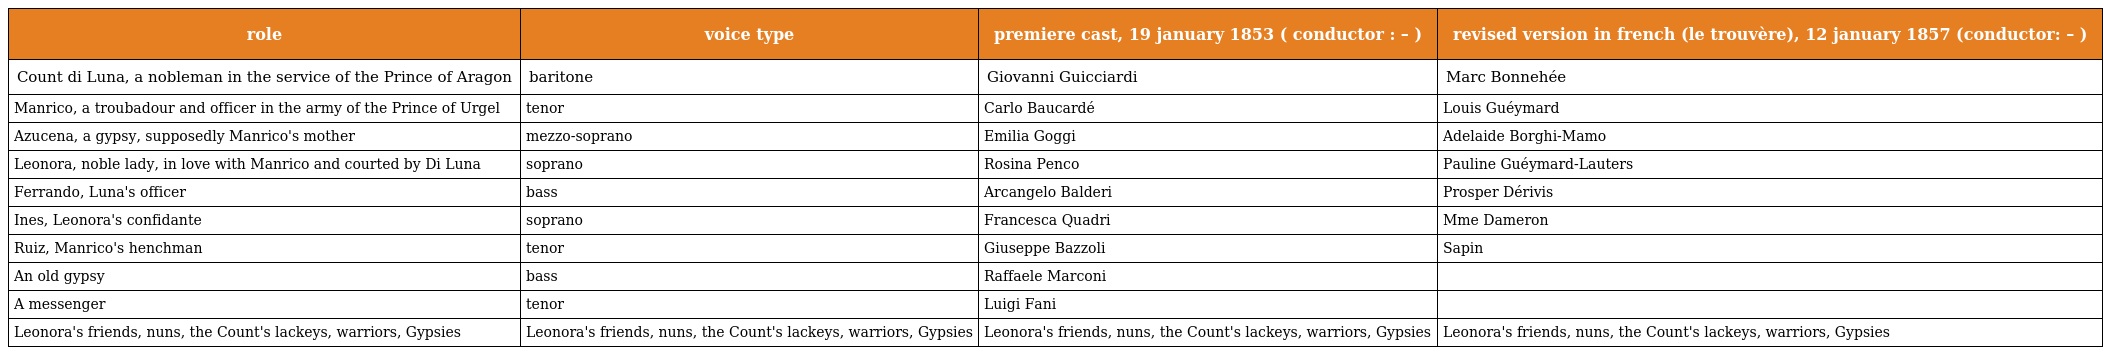
| role | voice type | premiere cast, 19 january 1853 ( conductor : – ) | revised version in french (le trouvère), 12 january 1857 (conductor: – ) |
 | --- | --- | --- | --- |
 | Count di Luna, a nobleman in the service of the Prince of Aragon | baritone | Giovanni Guicciardi | Marc Bonnehée |
 | Manrico, a troubadour and officer in the army of the Prince of Urgel | tenor | Carlo Baucardé | Louis Guéymard |
 | Azucena, a gypsy, supposedly Manrico's mother | mezzo-soprano | Emilia Goggi | Adelaide Borghi-Mamo |
 | Leonora, noble lady, in love with Manrico and courted by Di Luna | soprano | Rosina Penco | Pauline Guéymard-Lauters |
 | Ferrando, Luna's officer | bass | Arcangelo Balderi | Prosper Dérivis |
 | Ines, Leonora's confidante | soprano | Francesca Quadri | Mme Dameron |
 | Ruiz, Manrico's henchman | tenor | Giuseppe Bazzoli | Sapin |
 | An old gypsy | bass | Raffaele Marconi |  |
 | A messenger | tenor | Luigi Fani |  |
 | Leonora's friends, nuns, the Count's lackeys, warriors, Gypsies | Leonora's friends, nuns, the Count's lackeys, warriors, Gypsies | Leonora's friends, nuns, the Count's lackeys, warriors, Gypsies | Leonora's friends, nuns, the Count's lackeys, warriors, Gypsies |